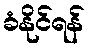
ခံနိုင်ရန်